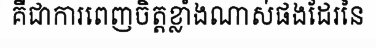
គឺជាការពេញចិត្តខ្លាំងណាស់ផងដែរនៃ